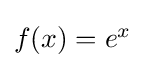
{\textstyle f(x)=e^{x}}